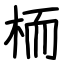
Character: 栭